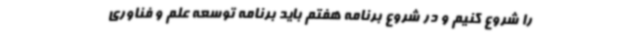
را شروع کنیم و در شروع برنامه هفتم باید برنامه توسعه علم و فناوری